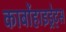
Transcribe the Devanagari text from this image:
कार्बोहाइड्रेट्‌स